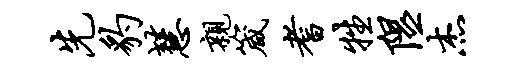
先豹慧亲箴耆牲隰杰